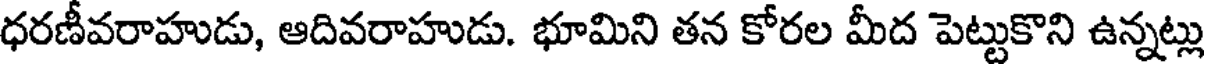
ధరణీవరాహుడు, ఆదివరాహుడు. భూమిని తన కోరల మీద పెట్టుకొని ఉన్నట్లు